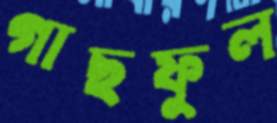
গাছফুল